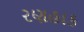
રણહાક